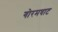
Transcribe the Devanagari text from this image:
गोरमघाट